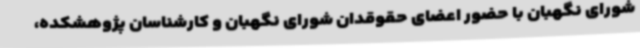
شورای نگهبان با حضور اعضای حقوقدان شورای نگهبان و کارشناسان پژوهشکده،